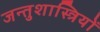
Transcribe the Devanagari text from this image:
जन्तुशास्त्रियों